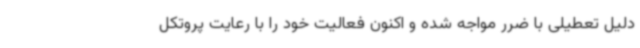
دلیل تعطیلی با ضرر مواجه شده و اکنون فعالیت خود را با رعایت پروتکل